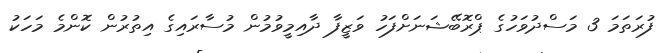
ފުރަތަމަ 3 މަސްދުވަހުގެ ޕްރޮބޭޝަނަށްފަހު ވަޒީފާ ދާއިމީވުމުން މުސާރައިގެ އިތުރުން ކޮންމެ މަހަކު